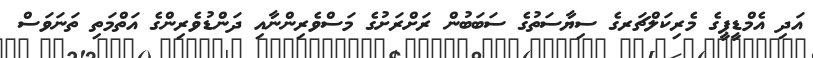
އަދި އެމްޑީޕީގެ މެރިކަލްޗަރގެ ސިޔާސަތުގެ ސަބަބުން ރަށްރަށުގެ މަސްވެރިންނާއި ދަންޑުވެރިންގެ އަތްމަތި ތަނަވަސް